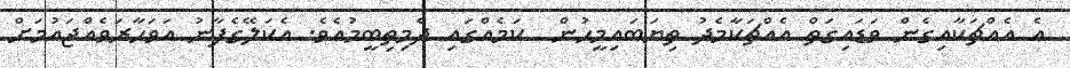
އެ އެއްޗަކާއިގެން ވަޑައިގަތް އެއްޗަކާމެދު ތިޔަބައިމީހުން  ކަމެއްގައި ދެމިތިބީމުއެވެ. އެކަލޭގެފާނު އަވަހާރަވެއްޖައުމަށް